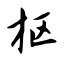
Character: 枢